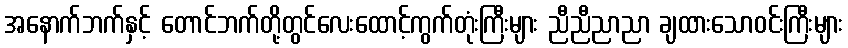
အနောက်ဘက်နှင့် တောင်ဘက်တို့တွင်လေးထောင့်ကွက်တုံးကြီးများ ညီညီညာညာ ချထားသောဝင်းကြီးများ